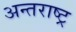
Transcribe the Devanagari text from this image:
अन्तराष्ट्र